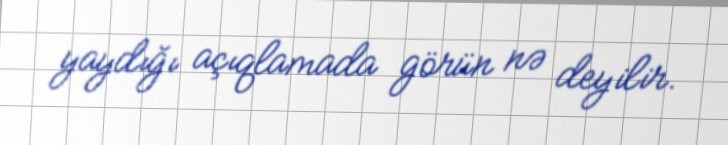
yaydığı açıqlamada görün nə deyilir.